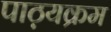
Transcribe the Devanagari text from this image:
पाठ़यक्रम